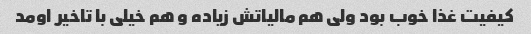
کیفیت غذا خوب بود ولی هم مالیاتش زیاده و هم خیلی با تاخیر اومد